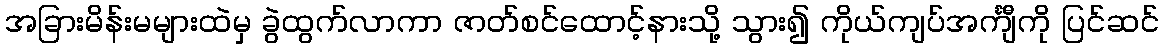
အခြားမိန်းမများထဲမှ ခွဲထွက်လာကာ ဇာတ်စင်ထောင့်နားသို့ သွား၍ ကိုယ်ကျပ်အင်္ကျီကို ပြင်ဆင်